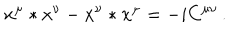
LaTeX: x ^ { \mu } * x ^ { \nu } - x ^ { \nu } * x ^ { \mu } = - i C ^ { \mu \nu } \, .